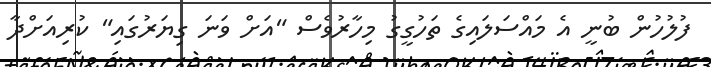
ފުލުހުން ބުނީ އެ މައްސަލައިގެ ތަހުގީގު މިހާރުވެސް "އަށް ވަނަ ގިޔަރުގައި" ކުރިއަށްދާ